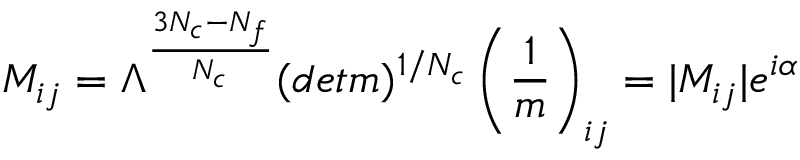
M _ { i j } = \Lambda ^ { { \frac { 3 N _ { c } - N _ { f } } { N _ { c } } } } ( d e t m ) ^ { 1 / N _ { c } } \left( { \frac { 1 } { m } } \right) _ { i j } = | M _ { i j } | e ^ { i \alpha } ~ ~ ~